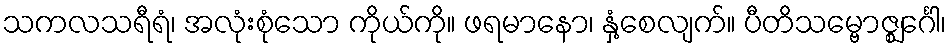
သကလသရီရံ၊ အလုံးစုံသော ကိုယ်ကို။ ဖရမာနော၊ နှံ့စေလျက်။ ပီတိသမ္ဗောဇ္ဈင်္ဂေါ၊